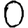
Digit: 0